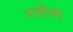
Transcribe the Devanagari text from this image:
रधोंनी